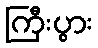
ကြီးပွား